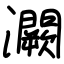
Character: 灍